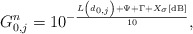
\begin{align*}{G_{0,j}^n} = {10^{ - \frac{{{{L\left(d_{0,j}\right) + \Psi + \Gamma + {X_{\sigma}}}}\left[ {{\rm{dB}}} \right]}}{{10}}}},\end{align*}